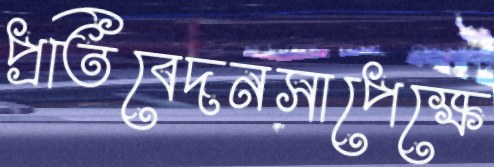
প্রতিবেদনসাপেক্ষে